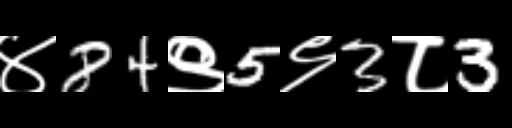
Text: ४84९5९3८3